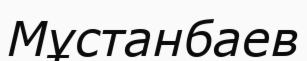
Мұстанбаев